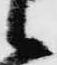
候